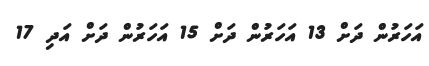
އަހަރުން ދަށް 13 އަހަރުން ދަށް 15 އަހަރުން ދަށް އަދި 17